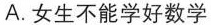
A.女生不能学好数学